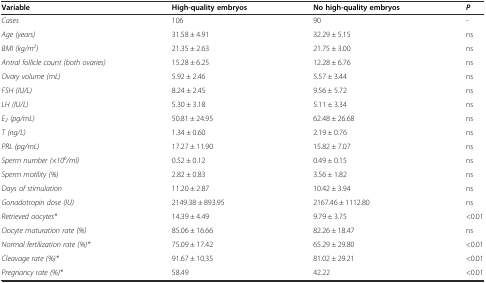
<table><thead><tr><td><b>Variable</b></td><td><b>High-quality embryos</b></td><td><b>No high-quality embryos</b></td><td><b><i>P</i></b></td></tr></thead><tbody><tr><td><i>Cases</i></td><td>106</td><td>90</td><td>-</td></tr><tr><td><i>Age (years)</i></td><td>31.58 ± 4.91</td><td>32.29 ± 5.15</td><td>ns</td></tr><tr><td><i>BMI (kg/m</i><sup><i>2</i></sup><i>)</i></td><td>21.35 ± 2.63</td><td>21.75 ± 3.00</td><td>ns</td></tr><tr><td><i>Antral follicle count (both ovaries)</i></td><td>15.28 ± 6.25</td><td>12.28 ± 6.76</td><td>ns</td></tr><tr><td><i>Ovary volume (mL)</i></td><td>5.92 ± 2.46</td><td>5.57 ± 3.44</td><td>ns</td></tr><tr><td><i>FSH (IU/L)</i></td><td>8.24 ± 2.45</td><td>9.56 ± 5.72</td><td>ns</td></tr><tr><td><i>LH (IU/L)</i></td><td>5.30 ± 3.18</td><td>5.11 ± 3.34</td><td>ns</td></tr><tr><td><i>E</i><sub><i>2</i></sub><i>(pg/mL)</i></td><td>50.81 ± 24.95</td><td>62.48 ± 26.68</td><td>ns</td></tr><tr><td><i>T (ng/L)</i></td><td>1.34 ± 0.60</td><td>2.19 ± 0.76</td><td>ns</td></tr><tr><td><i>PRL (pg/mL)</i></td><td>17.27 ± 11.90</td><td>15.82 ± 7.07</td><td>ns</td></tr><tr><td><i>Sperm number (×10</i><sup><i>6</i></sup><i>/ml)</i></td><td>0.52 ± 0.12</td><td>0.49 ± 0.15</td><td>ns</td></tr><tr><td><i>Sperm motility (%)</i></td><td>2.82 ± 0.83</td><td>3.56 ± 1.82</td><td>ns</td></tr><tr><td><i>Days of stimulation</i></td><td>11.20 ± 2.87</td><td>10.42 ± 3.94</td><td>ns</td></tr><tr><td><i>Gonadotropin dose (IU)</i></td><td>2149.38 ± 893.95</td><td>2167.46 ± 1112.80</td><td>ns</td></tr><tr><td><i>Retrieved oocytes*</i></td><td>14.39 ± 4.49</td><td>9.79 ± 3.75</td><td>&lt;0.01</td></tr><tr><td><i>Oocyte maturation rate (%)</i></td><td>85.06 ± 16.66</td><td>82.26 ± 18.47</td><td>ns</td></tr><tr><td><i>Normal fertilization rate (%)*</i></td><td>75.09 ± 17.42</td><td>65.29 ± 29.80</td><td>&lt;0.01</td></tr><tr><td><i>Cleavage rate (%)*</i></td><td>91.67 ± 10.35</td><td>81.02 ± 29.21</td><td>&lt;0.01</td></tr><tr><td><i>Pregnancy rate (%)*</i></td><td>58.49</td><td>42.22</td><td>&lt;0.01</td></tr></tbody></table>